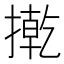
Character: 㨴